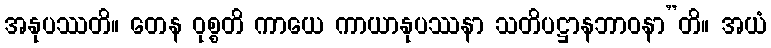
အနုပဿတိ။ တေန ဝုစ္စတိ ကာယေ ကာယာနုပဿနာ သတိပဋ္ဌာနဘာဝနာ”တိ။ အယံ